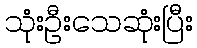
သုံးဦးသေဆုံးပြီး